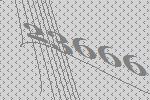
23666